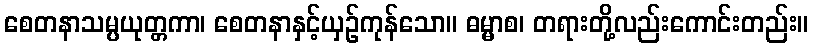
စေတနာသမ္ပယုတ္တကာ၊ စေတနာနှင့်ယှဉ်ကုန်သော။ ဓမ္မာစ၊ တရားတို့လည်းကောင်းတည်း။